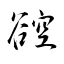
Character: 谾